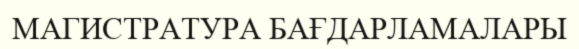
МАГИСТРАТУРА БАҒДАРЛАМАЛАРЫ